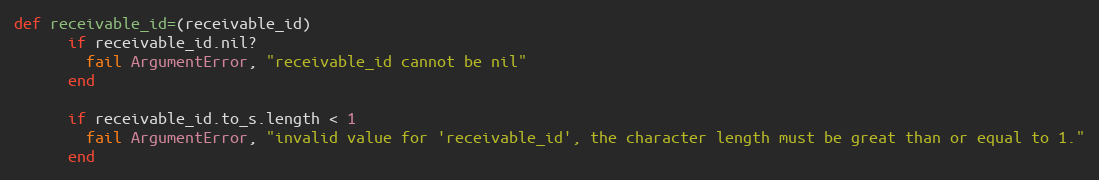
Language: Ruby
def receivable_id=(receivable_id)
      if receivable_id.nil?
        fail ArgumentError, "receivable_id cannot be nil"
      end

      if receivable_id.to_s.length < 1
        fail ArgumentError, "invalid value for 'receivable_id', the character length must be great than or equal to 1."
      end